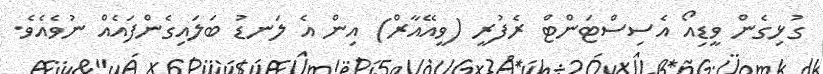
ގުޅިގެން ވީޑިއޯ އެސިސްޓަންޓް ރެފުރީ (ވީއޭއާރް) އިން އެ ލަނޑު ބަލައިގެންފައެއް ނުވެއެވެ.